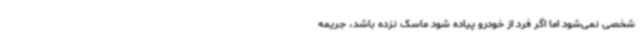
شخصی نمی‌شود اما اگر فرد از خودرو پیاده شود ماسک نزده باشد، جریمه